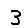
Digit: 3